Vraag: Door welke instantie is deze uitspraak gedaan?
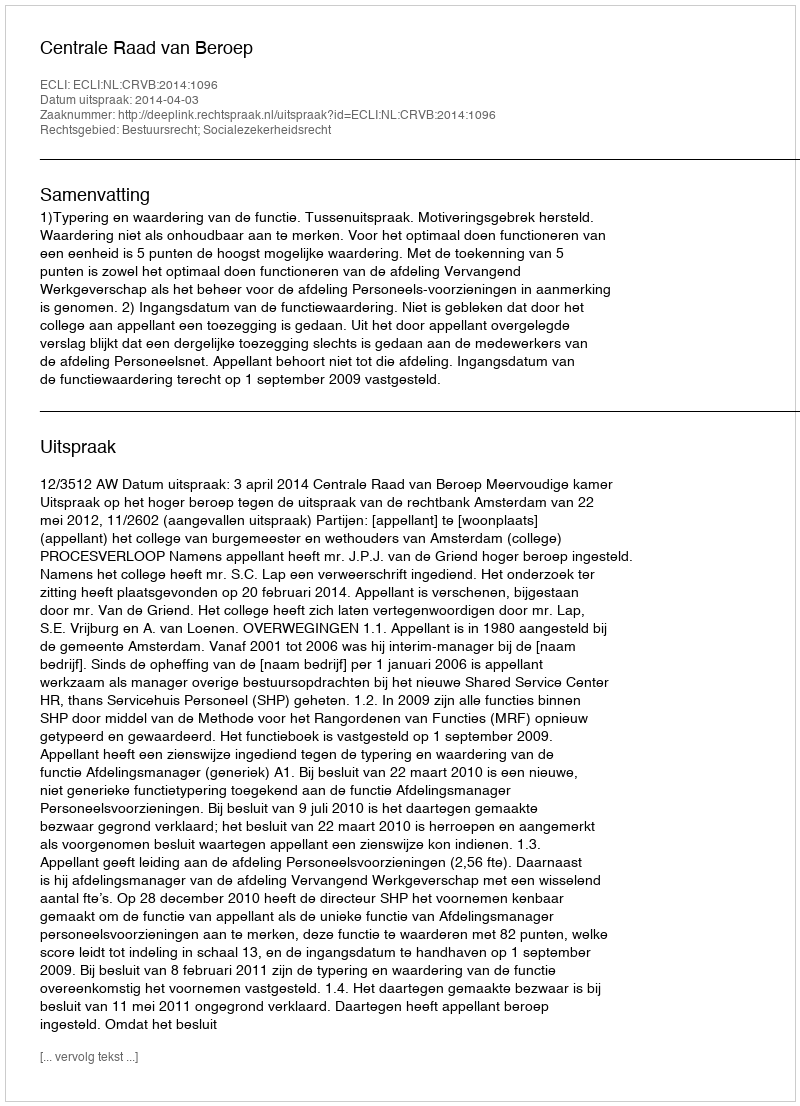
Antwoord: Centrale Raad van Beroep